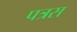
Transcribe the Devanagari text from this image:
पत्रस